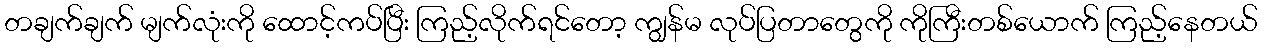
တချက်ချက် မျက်လုံးကို ထောင့်ကပ်ပြီး ကြည့်လိုက်ရင်တော့ ကျွန်မ လုပ်ပြတာတွေကို ကိုကြီးတစ်ယောက် ကြည့်နေတယ်